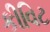
કીવિટ